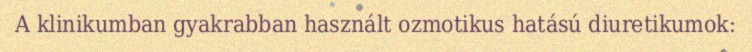
A klinikumban gyakrabban használt ozmotikus hatású diuretikumok: